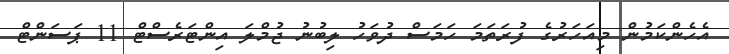
އެހެންކަމުން މިއަހަރުގެ ފުރަތަމަ ހަމަސް ދުވަހު ލިބުނު ޖުމްލަ އިންޓަރެސްޓް 11 ޕަސަންޓް